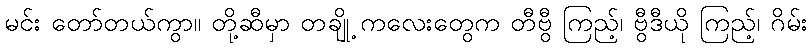
မင်း တော်တယ်ကွာ။ တို့ဆီမှာ တချို့ ကလေးတွေက တီဗွီ ကြည့်၊ ဗွီဒီယို ကြည့်၊ ဂိမ်း